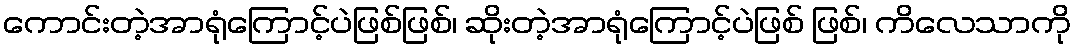
ကောင်းတဲ့အာရုံကြောင့်ပဲဖြစ်ဖြစ်၊ ဆိုးတဲ့အာရုံကြောင့်ပဲဖြစ် ဖြစ်၊ ကိလေသာကို